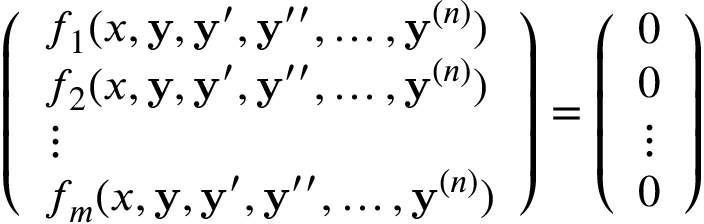
{ \left( \begin{array} { l } { f _ { 1 } ( x , \mathbf { y } , \mathbf { y } ^ { \prime } , \mathbf { y } ^ { \prime \prime } , \ldots , \mathbf { y } ^ { ( n ) } ) } \\ { f _ { 2 } ( x , \mathbf { y } , \mathbf { y } ^ { \prime } , \mathbf { y } ^ { \prime \prime } , \ldots , \mathbf { y } ^ { ( n ) } ) } \\ { \vdots } \\ { f _ { m } ( x , \mathbf { y } , \mathbf { y } ^ { \prime } , \mathbf { y } ^ { \prime \prime } , \ldots , \mathbf { y } ^ { ( n ) } ) } \end{array} \right) } = { \left( \begin{array} { l } { 0 } \\ { 0 } \\ { \vdots } \\ { 0 } \end{array} \right) }